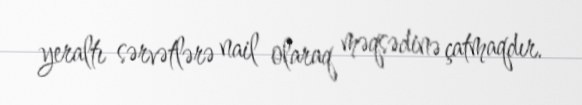
yeraltı sərvətlərə nail olaraq məqsədinə çatmaqdır.